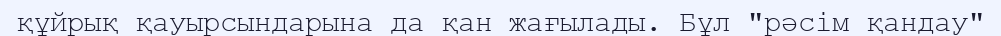
құйрық қауырсындарына да қан жағылады. Бұл "рәсім қандау"